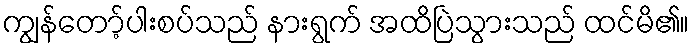
ကျွန်တော့်ပါးစပ်သည် နားရွက် အထိပြဲသွားသည် ထင်မိ၏။